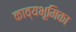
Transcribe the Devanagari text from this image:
काव्यभूमिका